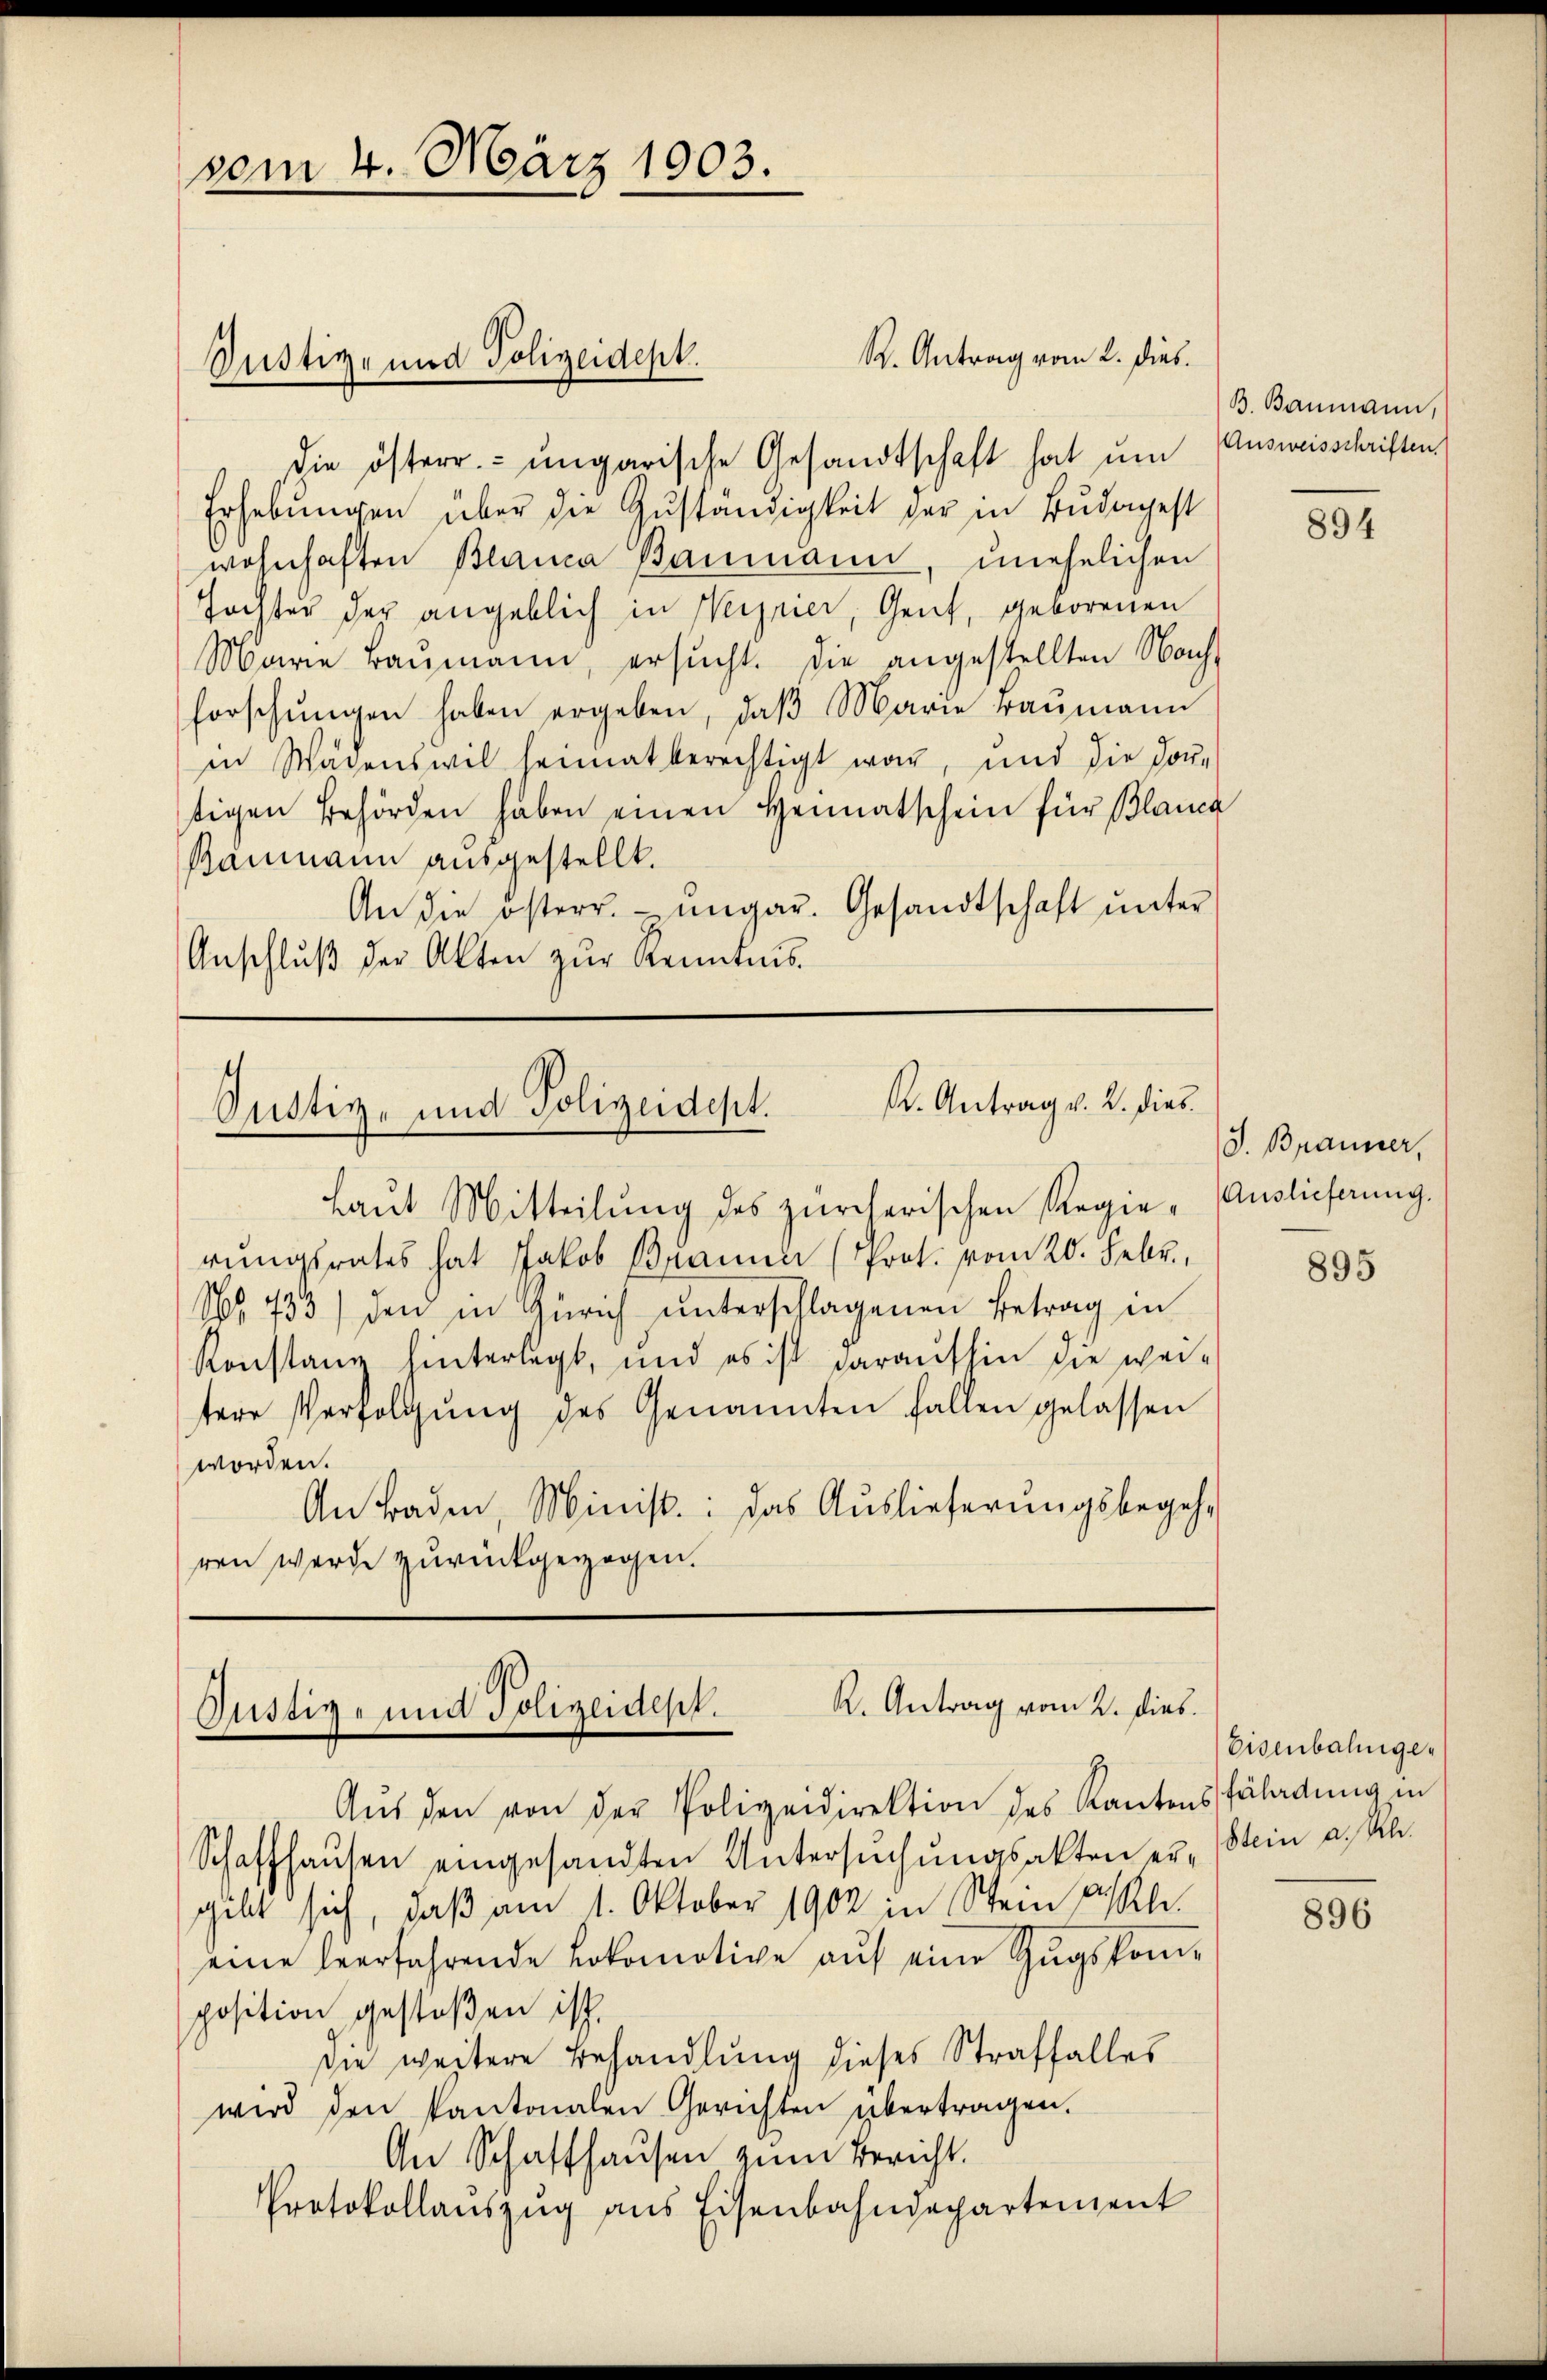
vom 4. März 1903.

R. Antrag vom 2. dies
die österr. ungarische Gesandtschaft hat um Ausweisschriften
Erhebungen über die Zuständigkeit der in Budapest
wohnhaften Blanca Baumann, unehelichen
Hochter der angeblich in Verrier, Gent, geborenen
Marie Baŭmann, ersŭcht. Die angestellten Nach-
forschŭngen haben ergeben, daβ Marie Baumann
in Wagenswil heimat berechtigt war, und die dor-
tigen Behörden haben einen Heimatschein für Blanca
Raumann ausgestellt.
An die österr. ungar. Gesandtschaft ŭnter
Anschlŭβ der Akten zŭr Kenntnis

Justiz- und Polizeidept.

K. Antrag v. 2. dies
Justiz- und Polizeidept.

Laŭt Mitteilŭng des zürcherischen Regie-Auslieferung.
rungsrates hat Jakob Brauner (Prot. vom 20. Febr.,
No. 733) den in Zürich unterschlagenen Betrag in
Konstanz hinterlegt, und es ist daraufhin die wei-
tere Verfolgŭng des Genannten fallen gelassen
worden.
An Baden, Minist: das Auslieferungsbegeh-
ren werde zurückgezogen.

R. Antrag vom 2. dies
Justiz- und Polizeidest.

Aŭs den von der Polizeidirektion des Kantonsfährdung in
Schaffhaŭsen eingesandten Untersŭchŭngsakten er-Stein a. Kl.
gibt sich, daß am 1. Oktober 1902 in Stein ple
eine verfahrende Lokomotive auf eine Zugskomposition gestoßen ist.
die weitere Behandlung dieses Straffalles
wird den Kantonalen Gerichten übertragen.
An Schaffhausen zum Bericht.
Protokollaŭszŭg ans Eisenbahndepartement

B. Baumann,

894

J. Brauner,

895

Eisenbahniger

896